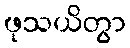
ဖုသယိတွာ